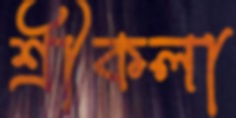
শ্রীকলা